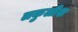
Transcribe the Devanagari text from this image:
लकुलीश